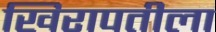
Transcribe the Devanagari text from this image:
खिरापतीला